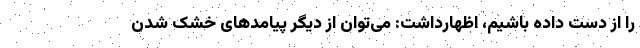
را از دست داده باشیم، اظهارداشت: می‌توان از دیگر پیامدهای خشک شدن